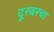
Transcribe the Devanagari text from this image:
दूरवरचा